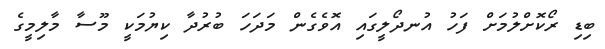
ބިޑި ރޯކޮށްލުމަށް ފަހު އުނދޯލީގައި އޮވެގެން މަދަހަ ބުރުދާ ކިޔުމަކީ މޫސާ މާލިމީގެ